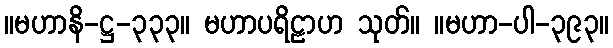
။မဟာနိ-ဋ္ဌ-၃၃၃။ မဟာပရိဠာဟ သုတ်။ ။မဟာ-ပါ-၃၉၃။